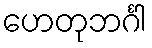
ဟေတုဘင်္ဂါ